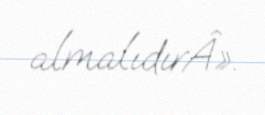
almalıdırÂ».